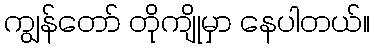
ကျွန်တော် တိုကျိုမှာ နေပါတယ်။